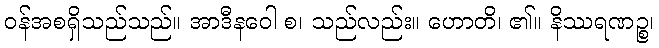
ဝန်အစရှိသည်သည်။ အာဒီနဝေါ စ၊ သည်လည်း။ ဟောတိ၊ ၏။ နိဿရဏဉ္စ၊